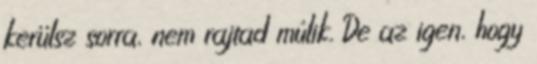
kerülsz sorra, nem rajtad múlik. De az igen, hogy